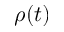
\rho ( t )